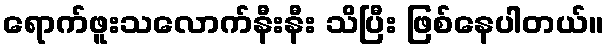
ရောက်ဖူးသလောက်နီးနီး သိပြီး ဖြစ်နေပါတယ်။